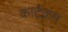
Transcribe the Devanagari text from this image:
कार्टक्रम